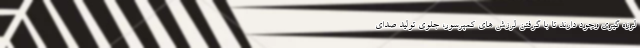
لرزه گیری وجود دارند تا با گرفتن لرزش های کمپرسور، جلوی تولید صدای